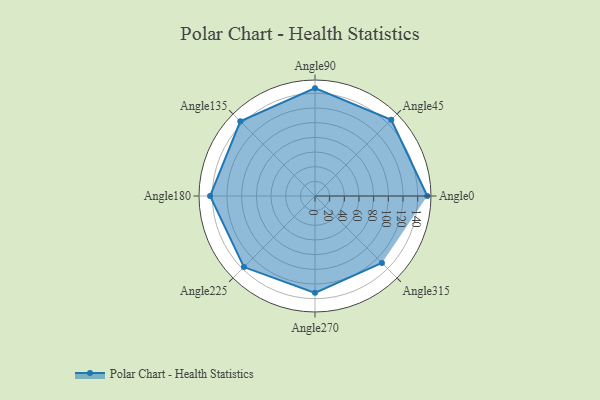
{"axis": {"x": "Angle", "y": "Radius"}, "legend": [""], "data": [{"x": "Angle0", "y": 153.0, "type": ""}, {"x": "Angle45", "y": 147.0, "type": ""}, {"x": "Angle90", "y": 147.0, "type": ""}, {"x": "Angle135", "y": 144.0, "type": ""}, {"x": "Angle180", "y": 143.0, "type": ""}, {"x": "Angle225", "y": 137.0, "type": ""}, {"x": "Angle270", "y": 132.0, "type": ""}, {"x": "Angle315", "y": 129.0, "type": ""}]}